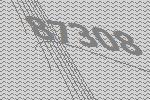
87308